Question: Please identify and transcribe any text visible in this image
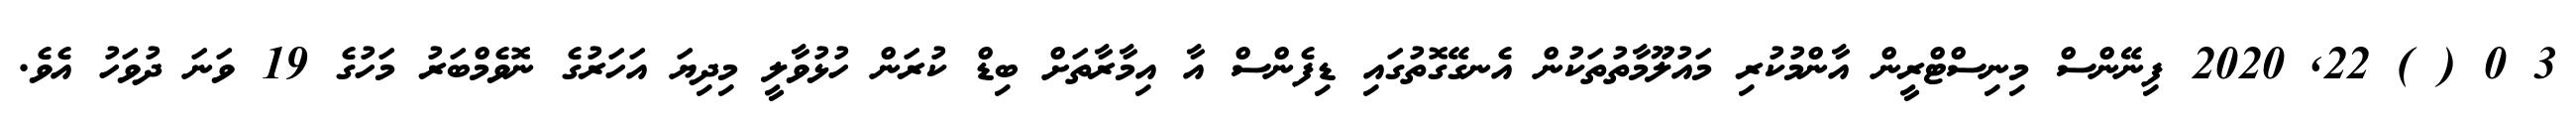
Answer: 3 0 ( ) 22, 2020 ފިނޭންސް މިނިސްޓްރީން އާންމުކުރި މައުލޫމާތުތަކުން އެނގޭގޮތުގައި ޑިފެންސް އާ އިމާރާތަށް ބިޑް ކުރަން ހުޅުވާލީ މިދިޔަ އަހަރުގެ ނޮވެމްބަރު މަހުގެ 19 ވަނަ ދުވަހު އެވެ.